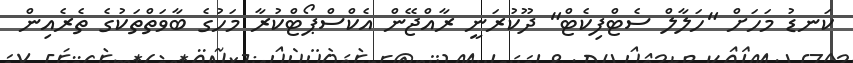
ކަނޑު މަހަށް "ހަލާލް ސެޓްފިކެޓް" ދޫކުރަނީ ރާއްޖޭން އެކްސްޕޯޓްކުރާ މަހުގެ ބާވަތްތަކުގެ ތެރެއިން